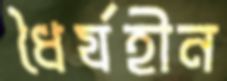
ধৈর্যহীন